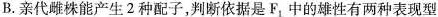
B.亲代雌株能产生2种配子，判断依据是F_{1}中的雄性有两种表现型